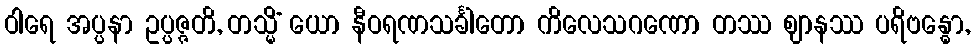
ဝါရေ အပ္ပနာ ဥပ္ပဇ္ဇတိ, တသ္မိံ ယော နီဝရဏသင်္ခါတော ကိလေသဂဏော တဿ ဈာနဿ ပရိဗန္ဓော,